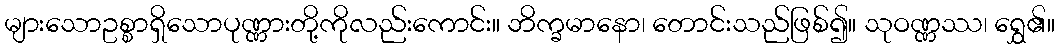
များသောဥစ္စာရှိသောပုဏ္ဏားတို့ကိုလည်းကောင်း။ ဘိက္ခမာနော၊ တောင်းသည်ဖြစ်၍။ သုဝဏ္ဏဿ၊ ရွှေ၏။